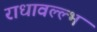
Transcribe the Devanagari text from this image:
राधावल्ल्भ